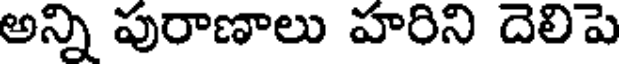
అన్ని పురాణాలు హరిని దెలిపె